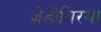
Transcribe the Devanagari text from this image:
ज़ेडोयिरया